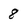
Character: 8